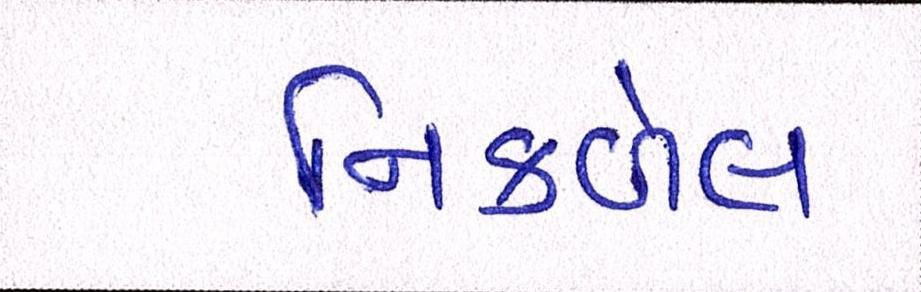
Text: નિકળેલ